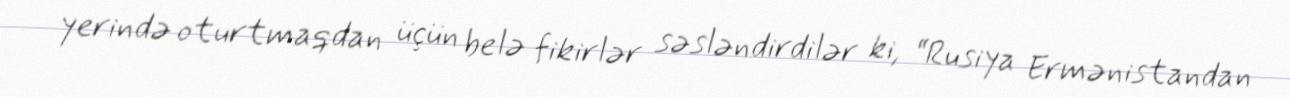
yerində oturtmaqdan üçün belə fikirlər səsləndirdilər ki, “Rusiya Ermənistandan